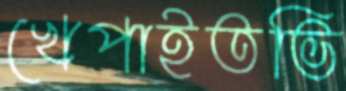
খেপাইতভি